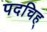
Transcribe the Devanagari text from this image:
पदचिह्